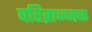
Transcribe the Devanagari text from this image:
परिव्राज्जक